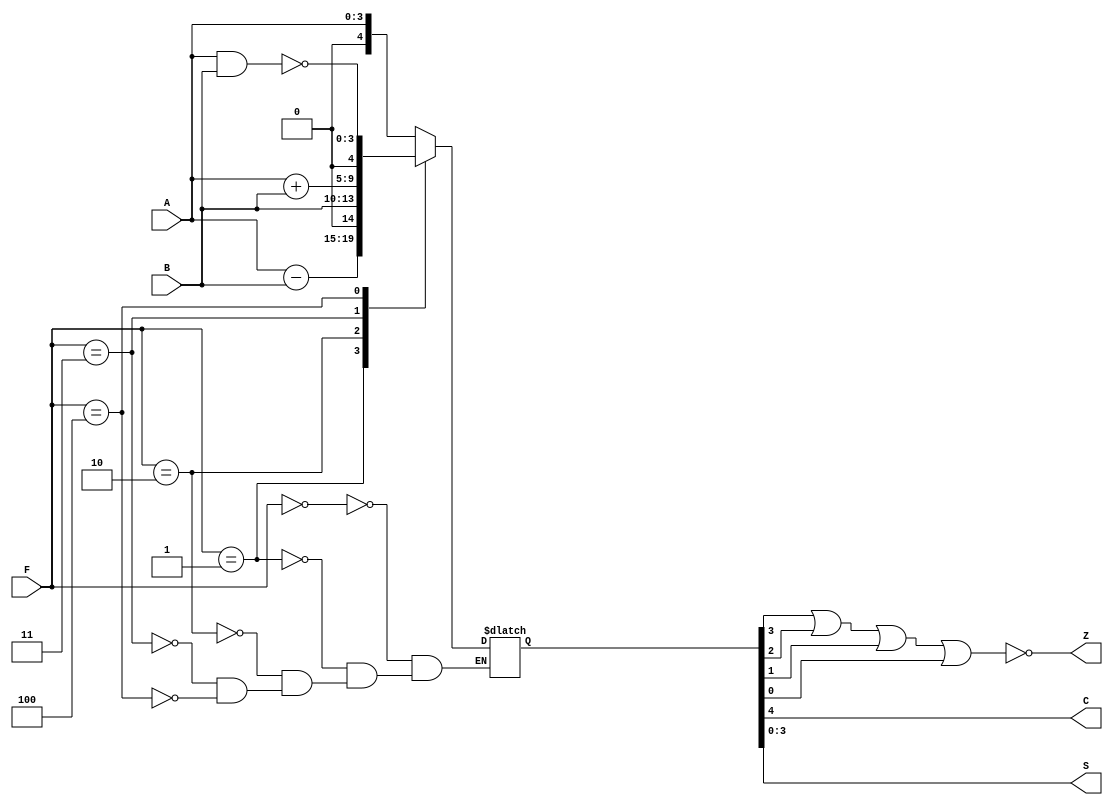
//Univerrsidad Del Valle
//Electr+onica Digital
//Dina Rodrguez    19566

//ALU
 // accumulator , data bus,  funcion - del Decode, carry, Z, salida de la alu
module ALU(input wire [3:0] A, input wire [3:0] B,  input wire [2:0] F, output wire C, Z, output wire [3:0] S);
    reg [4:0] rS;
    always @ (A, B, F)
        case (F)
            3'b000: rS = A;                   // pasa el data 000
            3'b001: rS = A - B;               // comparacion (resta) 001
            3'b010: rS = B;                   // pasa el data bus  010
            3'b011: rS = A + B;               // accumulator + data bus 011
            3'b100: rS = {1'b0 , ~(A & B)};    // NAND  100
            //default: rS = 5'b10101;
        endcase

    assign C = rS[4];     // carry -> bit ms significativo
    assign S = rS[3:0];   // salida -> los 4 bits menos significativos
    assign Z = ~(rS[3] | rS[2] | rS[1] | rS[0]);


endmodule